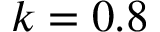
k = 0 . 8